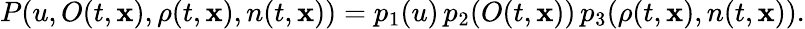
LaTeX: P(u,O(t,\mathbf{x}),\rho(t,\mathbf{x}),n(t,\mathbf{x}))=p_{1}(u)\, p_{2}(O(t,\mathbf{x}))\, p_{3}(\rho(t,\mathbf{x}),n(t,\mathbf{x})).